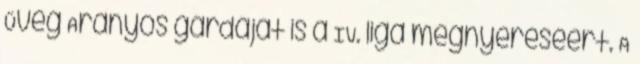
Üveg Aranyos gárdáját is a IV. liga megnyeréséért. A